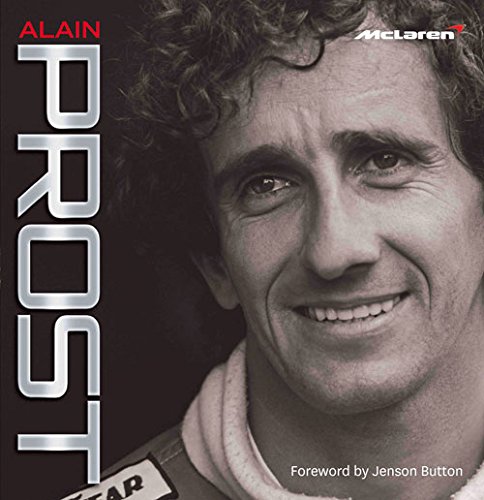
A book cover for Alain Prost; Maurice Hamilton; Sports & Outdoors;